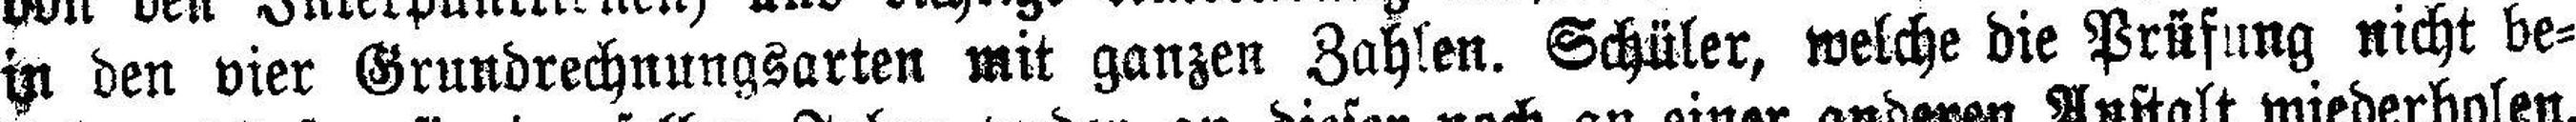
in den vier Grundrechnungsarten mit ganzen Zahlen. Schüler, welche die Prüfung nicht be¬